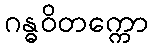
ဂန္ဓဝိတက္ကော